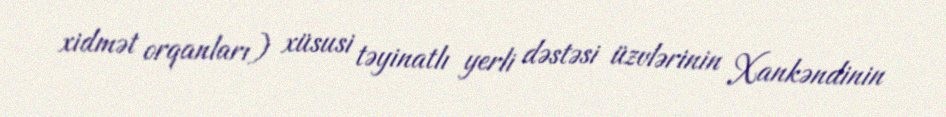
xidmət orqanları) xüsusi təyinatlı yerli dəstəsi üzvlərinin Xankəndinin